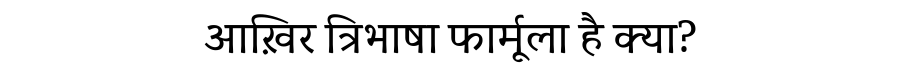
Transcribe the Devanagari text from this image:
आख़िर त्रिभाषा फार्मूला है क्या?